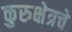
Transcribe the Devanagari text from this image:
कुरुक्षेत्रचे